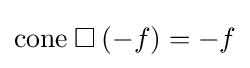
{\text{cone}}\mathbin {\square } (-f)=-f